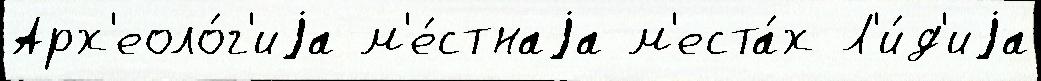
Арх'еоло́г'иjа м'е́стнаjа м'еста́х Л'и́д'иjа